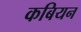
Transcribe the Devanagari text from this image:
कबियन